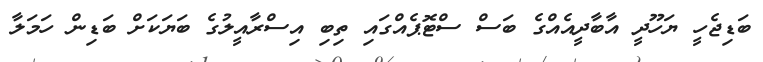
ބަޑިޖެހީ ޔަހޫދީ އާބާދީއެއްގެ ބަސް ސްޓޮޕެއްގައި ތިބި އިސްރާއީލުގެ ބަޔަކަށް ބަޑިން ހަމަލާ